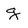
Character: g